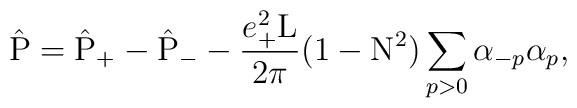
\hat{\rm P} = \hat{\rm P}_{+} - \hat{\rm P}_{-} -\frac{e_{+}^2 \rm L}{2 \pi} (1-{\rm N}^2)\sum_{p > 0} {\alpha}_{-p}{\alpha}_{p} ,